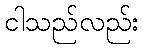
ငါသည်လည်း